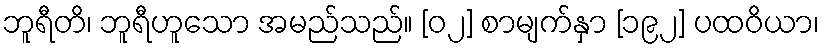
ဘူရီတိ၊ ဘူရီဟူသော အမည်သည်။ [၀၂] စာမျက်နှာ [၁၉၂] ပထဝိယာ၊